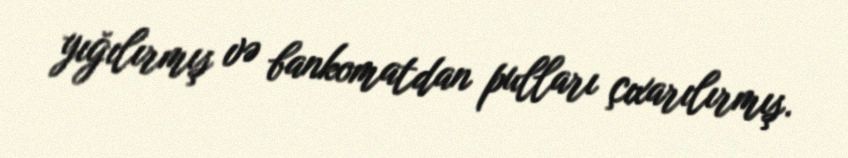
yığılırmış və bankomatdan pulları çıxarılırmış.